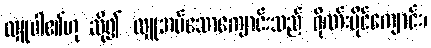
လှူပါ၏ဟု ဆို၍ လှူအပ်သောကျောင်းသည် ဂိုဏ်းပိုင်ကျောင်း၊